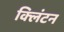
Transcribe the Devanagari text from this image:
क्‍लिंटन